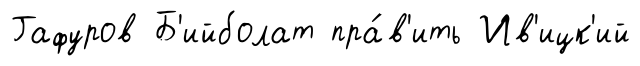
Гафуров Б'ийболат пра́в'ить Ив'ицк'ий